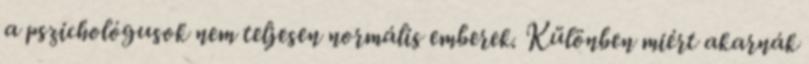
a pszichológusok nem teljesen normális emberek. Különben miért akarnák